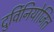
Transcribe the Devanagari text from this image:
दुर्विनियोजित